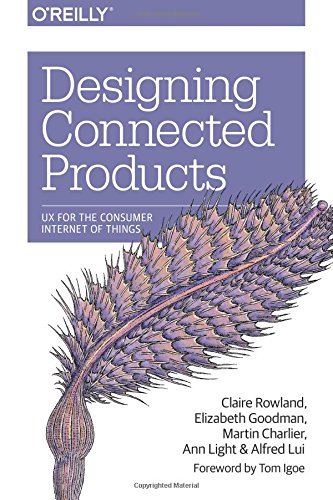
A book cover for Designing Connected Products: UX for the Consumer Internet of Things; Claire Rowland; Arts & Photography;